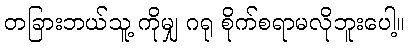
တခြားဘယ်သူ့ ကိုမျှ ဂရု စိုက်စရာမလိုဘူးပေါ့။